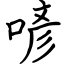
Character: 喭